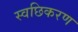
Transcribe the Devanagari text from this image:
स्वछिकरण